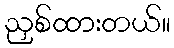
ညှစ်ထားတယ်။